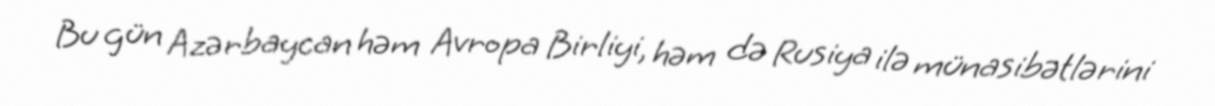
Bu gün Azərbaycan həm Avropa Birliyi, həm də Rusiya ilə münasibətlərini